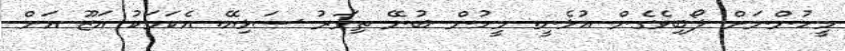
މީހުންނަށް ލޯބިވެގެން އުޅެނީ. މީހުން ބުނޭ ތިވަރު ސަޅިއޭ. އެކަމަކު އަޒޫ އަށް